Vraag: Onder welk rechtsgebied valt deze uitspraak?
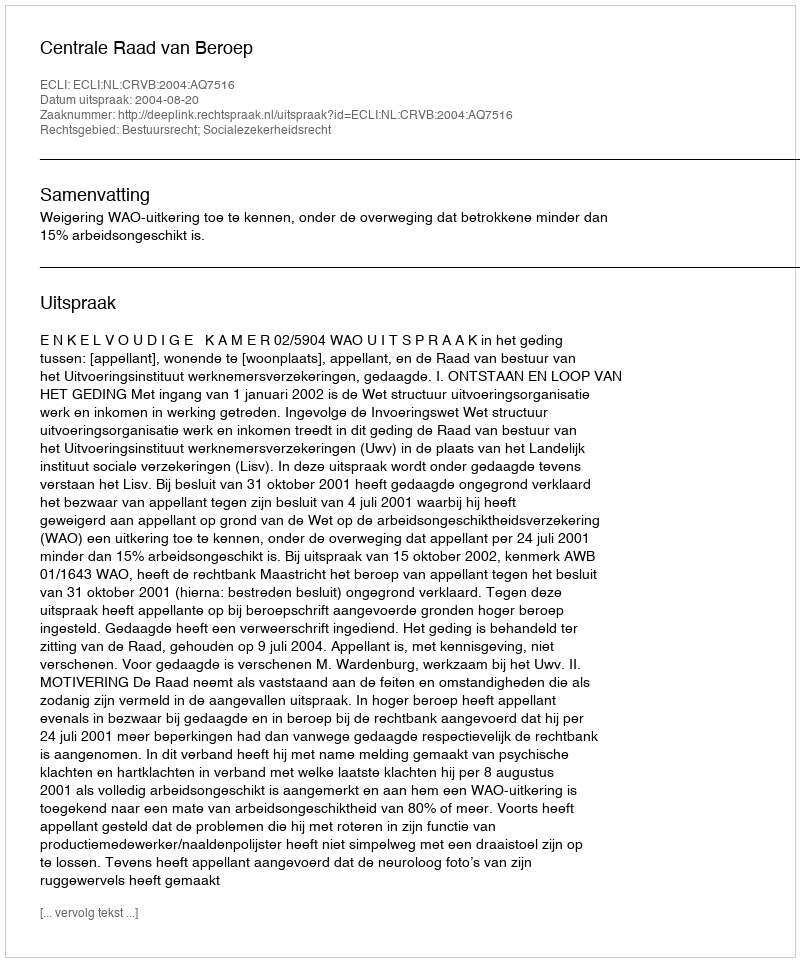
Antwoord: Bestuursrecht; Socialezekerheidsrecht